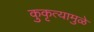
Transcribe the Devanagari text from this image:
कुकृत्यामुळे